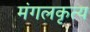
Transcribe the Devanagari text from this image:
मंगलकृत्य